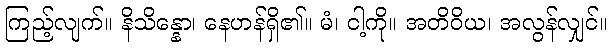
ကြည့်လျက်။ နိသိန္နော၊ နေဟန်ရှိ၏။ မံ၊ ငါ့ကို။ အတိဝိယ၊ အလွန်လျှင်။